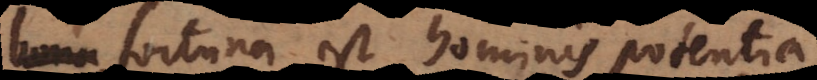
bonu fortuna est hominis potentia